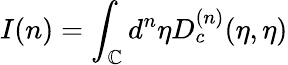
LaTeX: I(n)=\int_{\mathbb{C}}{d^{n}}{\eta}D_{c}^{(n)}(\eta,{\eta})